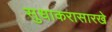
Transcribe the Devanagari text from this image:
सुधाकरासारखे